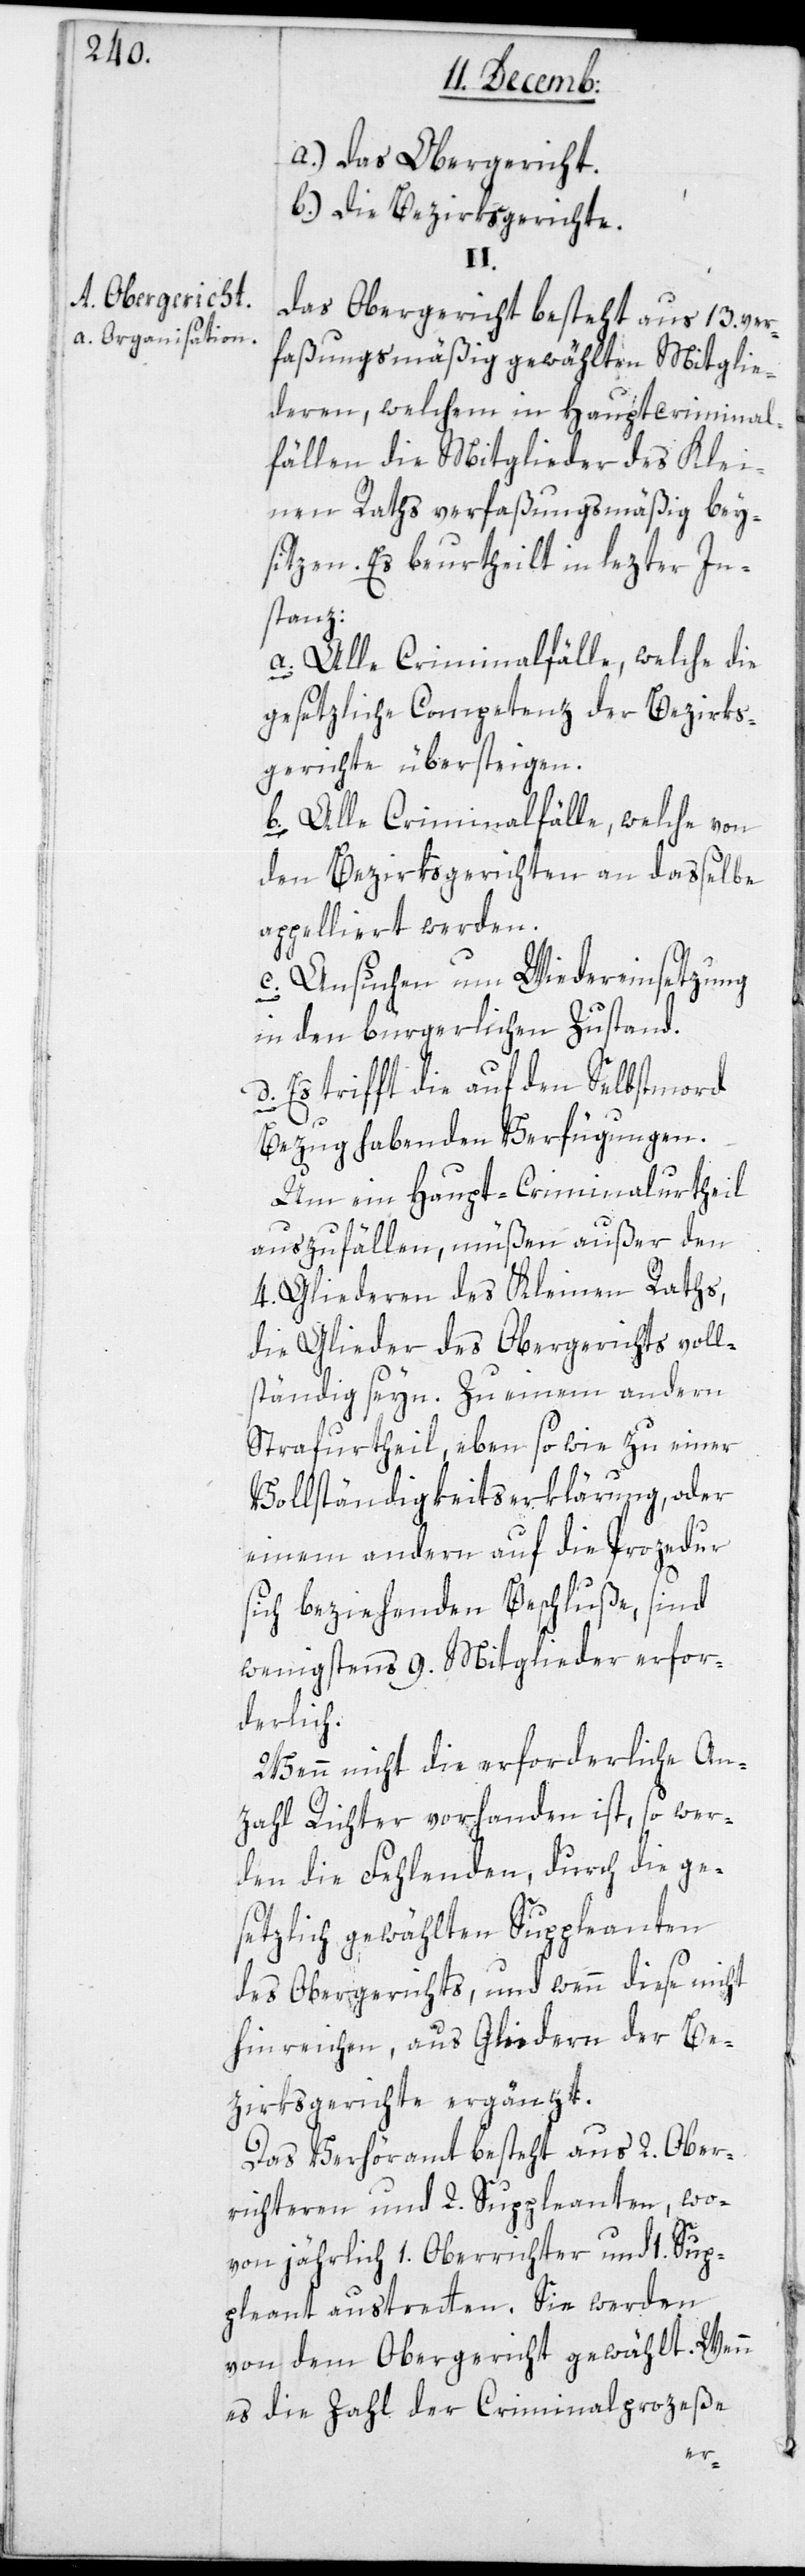
A. Obergericht.
a. Organisation.

a.) das Obergericht.
b.) die Bezirksgerichte.
II.
Das Obergericht besteht aus 13. ver¬
faßungsmäßig gewählten Mitglie¬
deren, welchem in Hauptcriminal¬
fällen die Mitglieder des Klei¬
nen Raths verfaßungsmäßig bey¬
sitzen. Es beurtheilt in lezter In¬
stanz:
a. Alle Criminalfälle, welche die
gesetzliche Competenz der Bezirks¬
gerichte übersteigen.
b. Alle Criminalfälle, welche von
den Bezirksgerichten an dasselbe
appelliert werden.
c. Ansuchen um Wiedereinsetzung
in den bürgerlichen Zustand.
d. Es trifft die auf den Selbstmord
Bezug habenden Verfügungen.
Um ein Haupt-Criminalurtheil
auszufällen, müßen außer der
4. Gliederen des Kleinen Raths,
die Glieder des Obergerichts voll¬
ständig seyn. Zu einem andern
Strafurtheil, eben so wie zu einer
Vollständigkeitserklärung, oder
einem andern auf die Prozedur
sich beziehenden Beschlüße, sind
wenigsten 9. Mitglieder erfor¬
derlich.
Wenn nicht die erforderliche An¬
zahl Richter vorhanden ist, so wer¬
den die Fehlenden, durch die ge¬
setzlich gewählten Suppleanten
des Obergerichts, und wenn diese nicht
hinreichen, aus Gliedern der Be¬
zirksgerichte ergänzt.
Das Verhöramt besteht aus 2. Ober¬
richteren und 2. Suppleanten, wo¬
von jährlich 1. Oberrichter und 1. Sup¬
pleant austretten. Sie werden
von dem Obergericht gewählt. Wenn
es die Zahl der Criminalprozeße